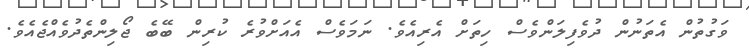
ވަގުތުން އެތަނުން ދުވެފިލަންވެސް ހިތަށް އެރިއެވެ. ނަމަވެސް އެއަށްވުރެ ކުރިން ބޭބެ ޖޯލިންތެދުވެއްޖެއެވެ.